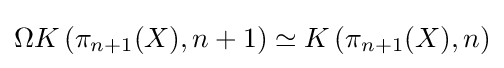
\Omega K\left(\pi _{n+1}(X),n+1\right)\simeq K\left(\pi _{n+1}(X),n\right)